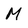
Character: M